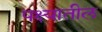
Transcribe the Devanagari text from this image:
पक्ष्यातील